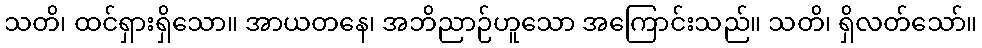
သတိ၊ ထင်ရှားရှိသော။ အာယတနေ၊ အဘိညာဉ်ဟူသော အကြောင်းသည်။ သတိ၊ ရှိလတ်သော်။